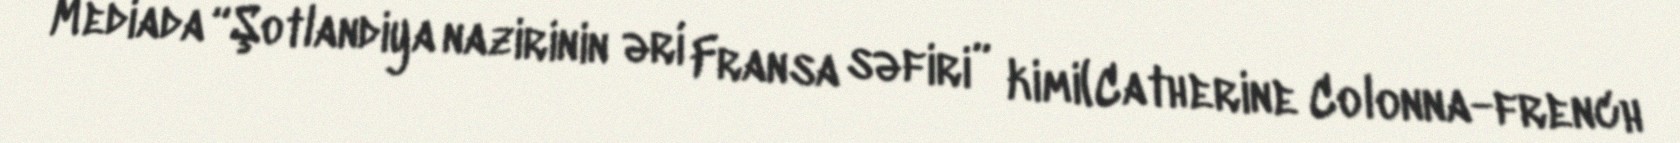
Mediada “Şotlandiya nazirinin əri Fransa səfiri” kimi(Catherine Colonna-french